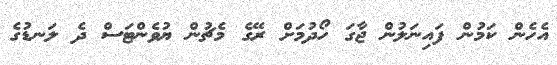
އެހެން ކަމުން ފައިނަލުން ޖާގަ ހޯދުމަށް ރޭގެ މެޗުން ޔުވެންޓަސް ދެ ލަނޑުގެ